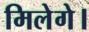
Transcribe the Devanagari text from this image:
मिलेगे।